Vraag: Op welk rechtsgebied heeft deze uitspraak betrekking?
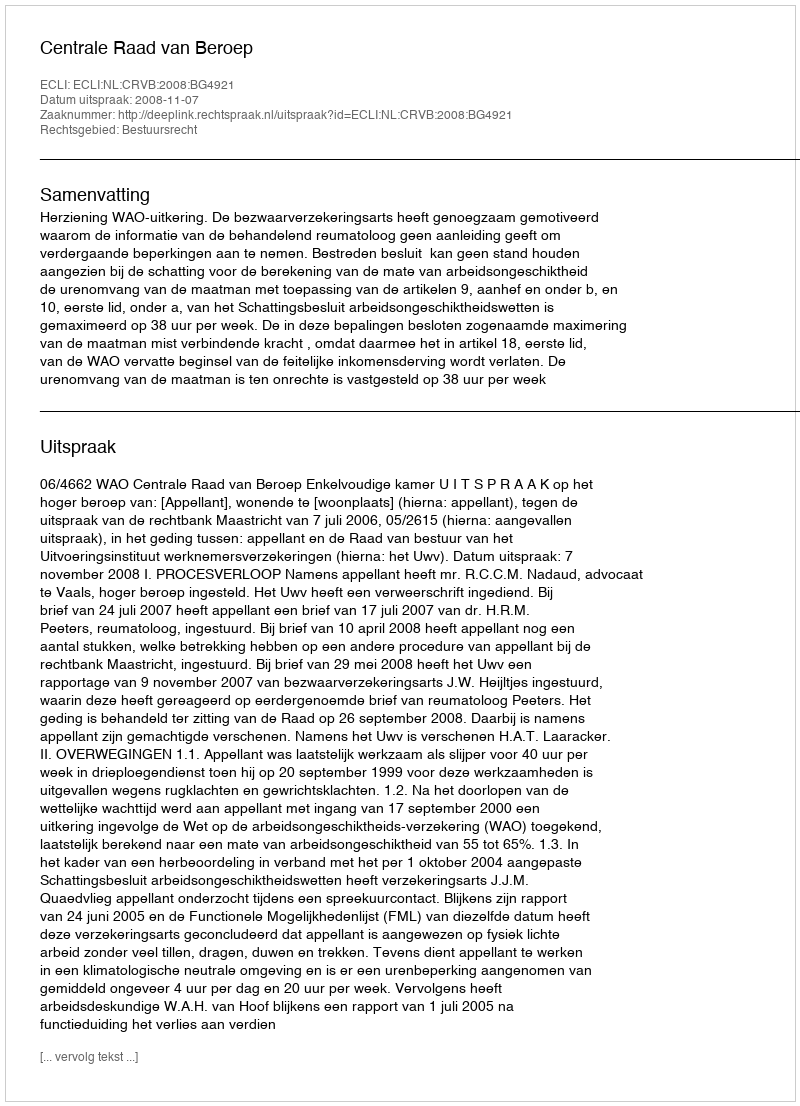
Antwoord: Bestuursrecht